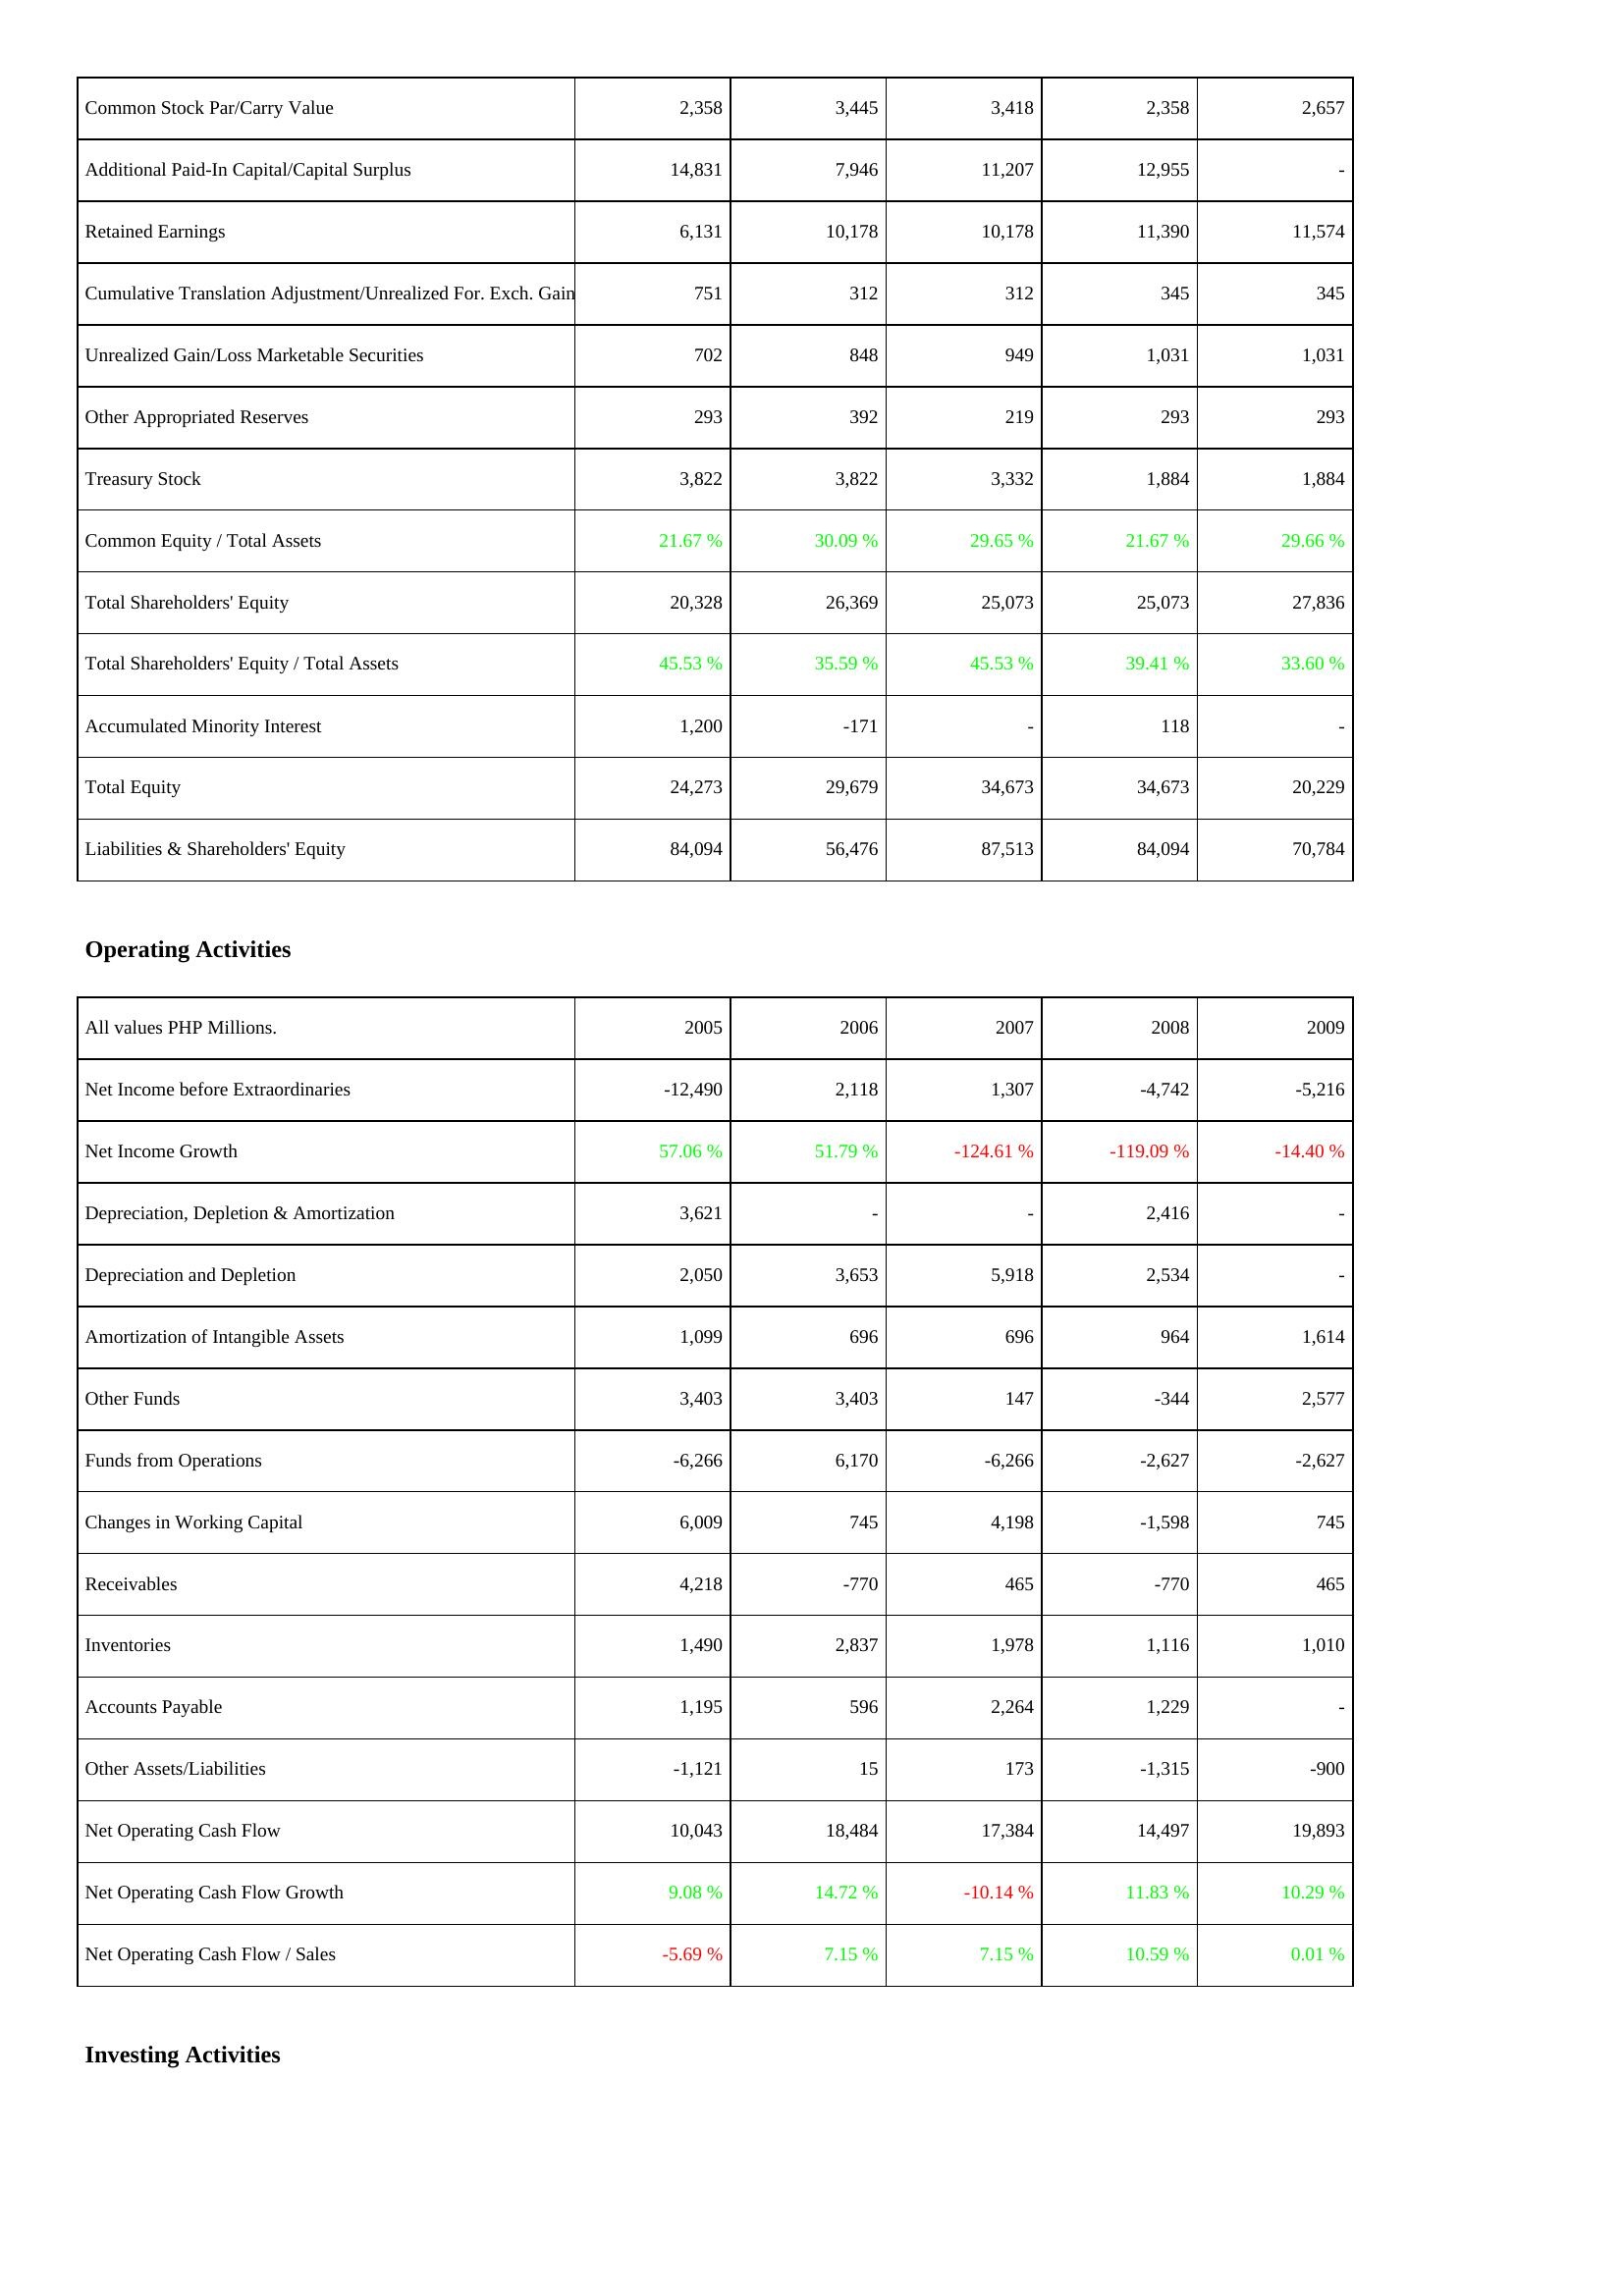
2005: Liabilities & Shareholders' Equity: Common Stock Par/Carry Value: 2,358
Additional Paid-In Capital/Capital Surplus: 14,831
Retained Earnings: 6,131
Cumulative Translation Adjustment/Unrealized For. Exch. Gain: 751
Unrealized Gain/Loss Marketable Securities: 702
Other Appropriated Reserves: 293
Treasury Stock: 3,822
Common Equity / Total Assets: 21.67 %
Total Shareholders' Equity: 20,328
Total Shareholders' Equity / Total Assets: 45.53 %
Accumulated Minority Interest: 1,200
Total Equity: 24,273
Liabilities & Shareholders' Equity: 84,094
Operating Activities: Net Income before Extraordinaries: -12,490
Net Income Growth: 57.06 %
Depreciation, Depletion & Amortization: 3,621
Depreciation and Depletion: 2,050
Amortization of Intangible Assets: 1,099
Other Funds: 3,403
Funds from Operations: -6,266
Changes in Working Capital: 6,009
Receivables: 4,218
Inventories: 1,490
Accounts Payable: 1,195
Other Assets/Liabilities: -1,121
Net Operating Cash Flow: 10,043
Net Operating Cash Flow Growth: 9.08 %
Net Operating Cash Flow / Sales: -5.69 %
2006: Liabilities & Shareholders' Equity: Common Stock Par/Carry Value: 3,445
Additional Paid-In Capital/Capital Surplus: 7,946
Retained Earnings: 10,178
Cumulative Translation Adjustment/Unrealized For. Exch. Gain: 312
Unrealized Gain/Loss Marketable Securities: 848
Other Appropriated Reserves: 392
Treasury Stock: 3,822
Common Equity / Total Assets: 30.09 %
Total Shareholders' Equity: 26,369
Total Shareholders' Equity / Total Assets: 35.59 %
Accumulated Minority Interest: -171
Total Equity: 29,679
Liabilities & Shareholders' Equity: 56,476
Operating Activities: Net Income before Extraordinaries: 2,118
Net Income Growth: 51.79 %
Depreciation, Depletion & Amortization: -
Depreciation and Depletion: 3,653
Amortization of Intangible Assets: 696
Other Funds: 3,403
Funds from Operations: 6,170
Changes in Working Capital: 745
Receivables: -770
Inventories: 2,837
Accounts Payable: 596
Other Assets/Liabilities: 15
Net Operating Cash Flow: 18,484
Net Operating Cash Flow Growth: 14.72 %
Net Operating Cash Flow / Sales: 7.15 %
2007: Liabilities & Shareholders' Equity: Common Stock Par/Carry Value: 3,418
Additional Paid-In Capital/Capital Surplus: 11,207
Retained Earnings: 10,178
Cumulative Translation Adjustment/Unrealized For. Exch. Gain: 312
Unrealized Gain/Loss Marketable Securities: 949
Other Appropriated Reserves: 219
Treasury Stock: 3,332
Common Equity / Total Assets: 29.65 %
Total Shareholders' Equity: 25,073
Total Shareholders' Equity / Total Assets: 45.53 %
Accumulated Minority Interest: -
Total Equity: 34,673
Liabilities & Shareholders' Equity: 87,513
Operating Activities: Net Income before Extraordinaries: 1,307
Net Income Growth: -124.61 %
Depreciation, Depletion & Amortization: -
Depreciation and Depletion: 5,918
Amortization of Intangible Assets: 696
Other Funds: 147
Funds from Operations: -6,266
Changes in Working Capital: 4,198
Receivables: 465
Inventories: 1,978
Accounts Payable: 2,264
Other Assets/Liabilities: 173
Net Operating Cash Flow: 17,384
Net Operating Cash Flow Growth: -10.14 %
Net Operating Cash Flow / Sales: 7.15 %
2008: Liabilities & Shareholders' Equity: Common Stock Par/Carry Value: 2,358
Additional Paid-In Capital/Capital Surplus: 12,955
Retained Earnings: 11,390
Cumulative Translation Adjustment/Unrealized For. Exch. Gain: 345
Unrealized Gain/Loss Marketable Securities: 1,031
Other Appropriated Reserves: 293
Treasury Stock: 1,884
Common Equity / Total Assets: 21.67 %
Total Shareholders' Equity: 25,073
Total Shareholders' Equity / Total Assets: 39.41 %
Accumulated Minority Interest: 118
Total Equity: 34,673
Liabilities & Shareholders' Equity: 84,094
Operating Activities: Net Income before Extraordinaries: -4,742
Net Income Growth: -119.09 %
Depreciation, Depletion & Amortization: 2,416
Depreciation and Depletion: 2,534
Amortization of Intangible Assets: 964
Other Funds: -344
Funds from Operations: -2,627
Changes in Working Capital: -1,598
Receivables: -770
Inventories: 1,116
Accounts Payable: 1,229
Other Assets/Liabilities: -1,315
Net Operating Cash Flow: 14,497
Net Operating Cash Flow Growth: 11.83 %
Net Operating Cash Flow / Sales: 10.59 %
2009: Liabilities & Shareholders' Equity: Common Stock Par/Carry Value: 2,657
Additional Paid-In Capital/Capital Surplus: -
Retained Earnings: 11,574
Cumulative Translation Adjustment/Unrealized For. Exch. Gain: 345
Unrealized Gain/Loss Marketable Securities: 1,031
Other Appropriated Reserves: 293
Treasury Stock: 1,884
Common Equity / Total Assets: 29.66 %
Total Shareholders' Equity: 27,836
Total Shareholders' Equity / Total Assets: 33.60 %
Accumulated Minority Interest: -
Total Equity: 20,229
Liabilities & Shareholders' Equity: 70,784
Operating Activities: Net Income before Extraordinaries: -5,216
Net Income Growth: -14.40 %
Depreciation, Depletion & Amortization: -
Depreciation and Depletion: -
Amortization of Intangible Assets: 1,614
Other Funds: 2,577
Funds from Operations: -2,627
Changes in Working Capital: 745
Receivables: 465
Inventories: 1,010
Accounts Payable: -
Other Assets/Liabilities: -900
Net Operating Cash Flow: 19,893
Net Operating Cash Flow Growth: 10.29 %
Net Operating Cash Flow / Sales: 0.01 %